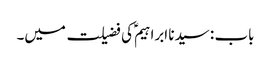
باب : سیدنا ابراہیمؑ کی فضیلت میں۔